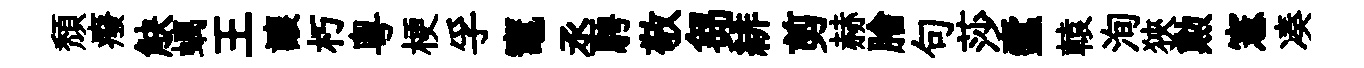
頽癈觖螭王讓朽粤梗孚竈丞騁敬芻緋剪赫膾句莎蠧轅洵狹勲憲凑